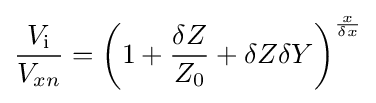
{\frac {V_{\mathrm {i} }}{V_{xn}}}=\left(1+{\frac {\delta Z}{Z_{0}}}+\delta Z\delta Y\right)^{\frac {x}{\delta x}}